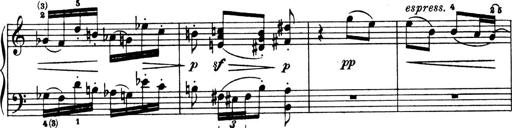
Title: 4 Sonatines
Composer: Max Reger